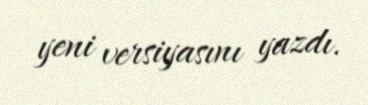
yeni versiyasını yazdı.